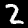
Label: 2